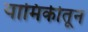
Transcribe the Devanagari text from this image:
यामिकीतून